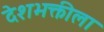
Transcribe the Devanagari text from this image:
देशभक्तीला